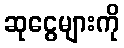
ဆုငွေများကို